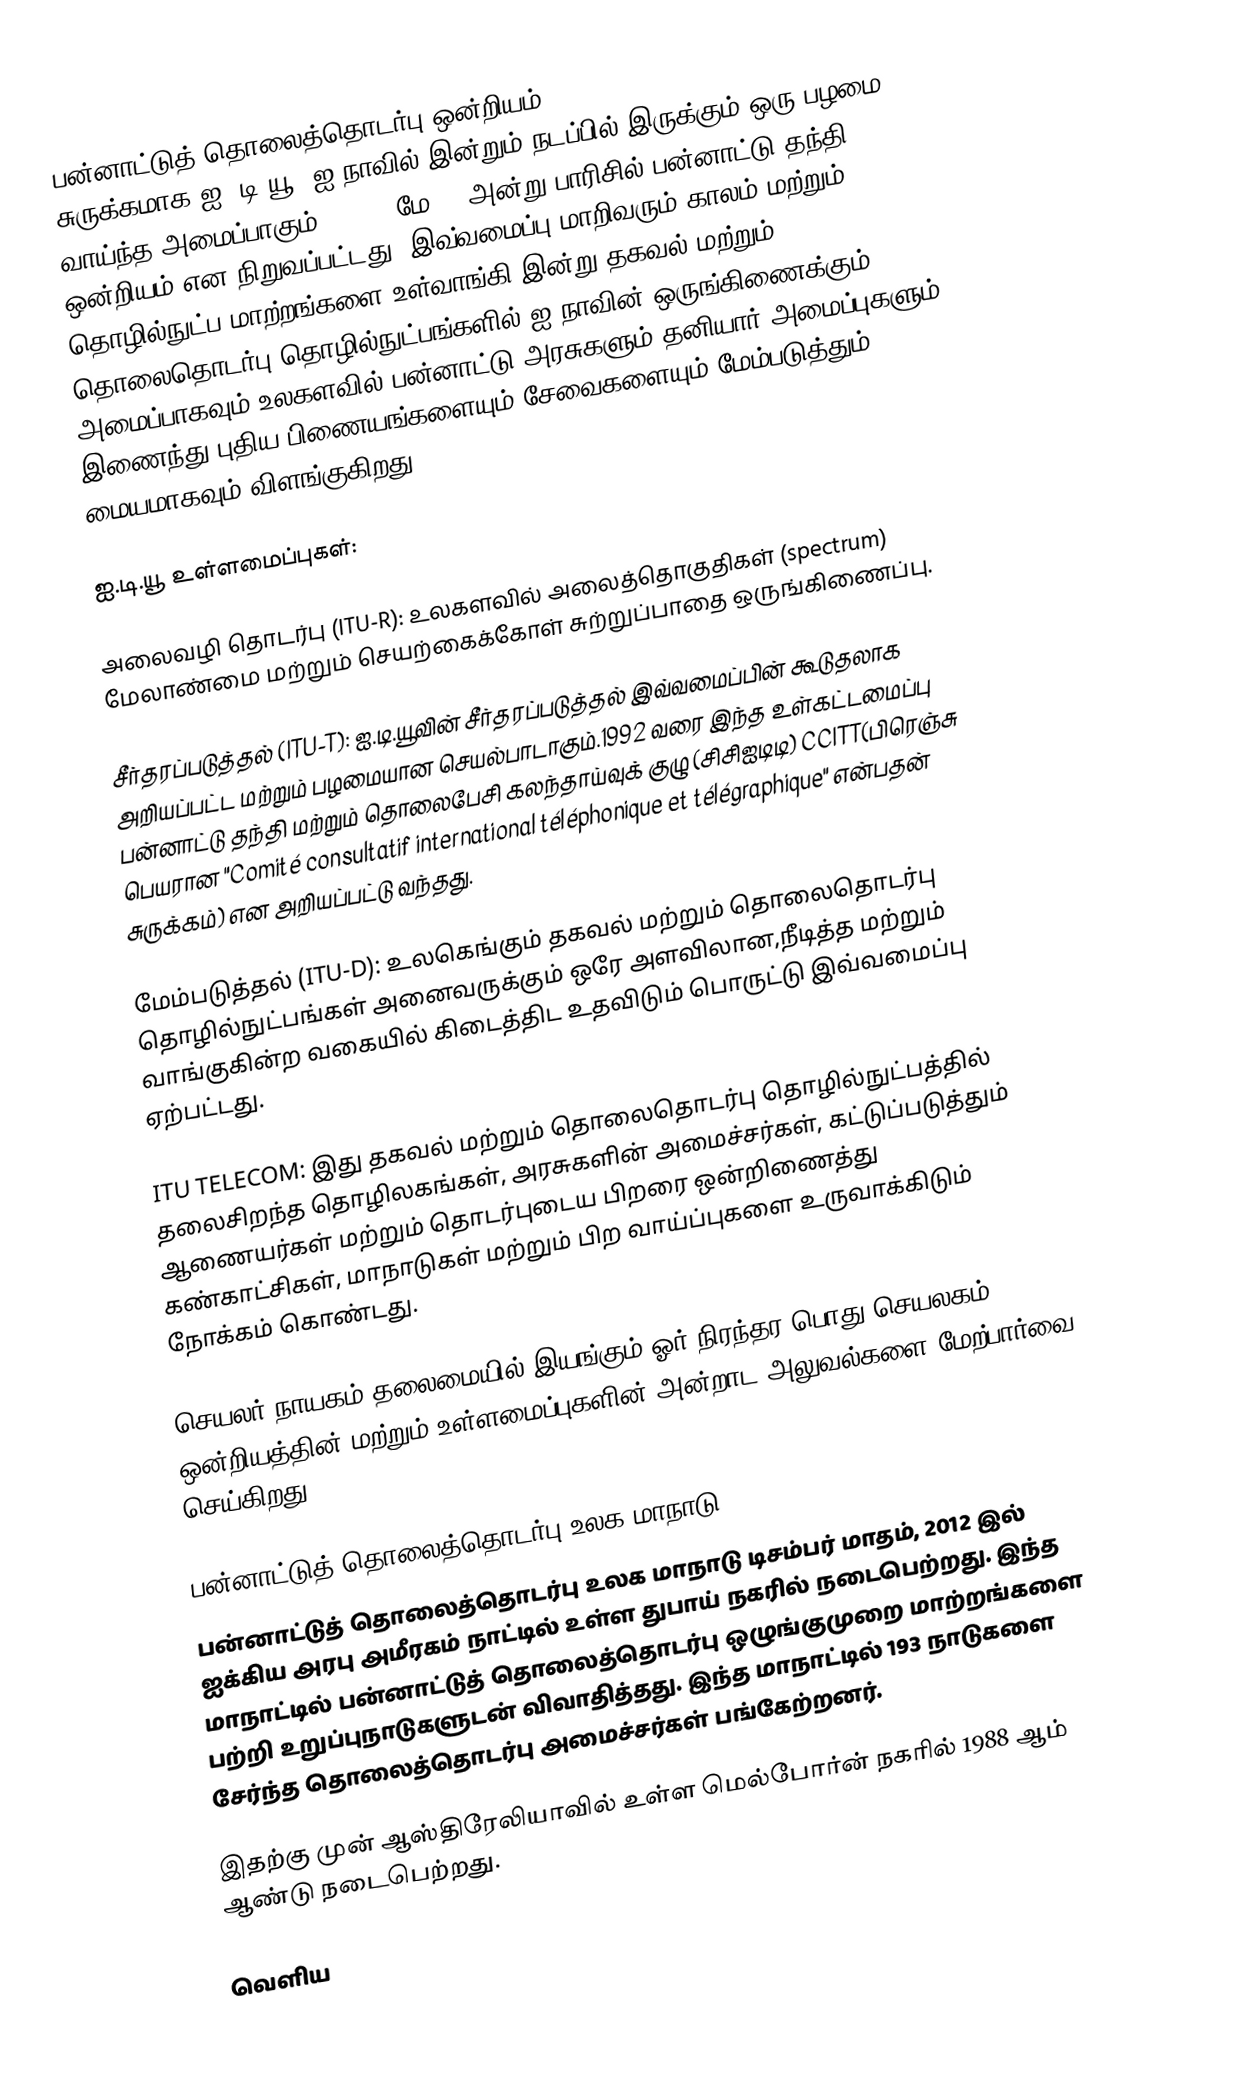
பன்னாட்டுத் தொலைத்தொடர்பு ஒன்றியம் (International Telecommunication Union, சுருக்கமாக ஐ. டி.யூ) ஐ.நாவில் இன்றும் நடப்பில் இருக்கும் ஒரு பழமை வாய்ந்த அமைப்பாகும். 1865, மே 17 அன்று பாரிசில் பன்னாட்டு தந்தி ஒன்றியம் என நிறுவப்பட்டது. இவ்வமைப்பு மாறிவரும் காலம் மற்றும் தொழில்நுட்ப மாற்றங்களை உள்வாங்கி இன்று தகவல் மற்றும் தொலைதொடர்பு தொழில்நுட்பங்களில் ஐ.நாவின் ஒருங்கிணைக்கும் அமைப்பாகவும் உலகளவில் பன்னாட்டு அரசுகளும் தனியார் அமைப்புகளும் இணைந்து புதிய பிணையங்களையும் சேவைகளையும் மேம்படுத்தும் மையமாகவும் விளங்குகிறது.

ஐ.டி.யூ உள்ளமைப்புகள்:

அலைவழி தொடர்பு (ITU-R): உலகளவில் அலைத்தொகுதிகள் (spectrum) மேலாண்மை மற்றும் செயற்கைக்கோள் சுற்றுப்பாதை ஒருங்கிணைப்பு.

சீர்தரப்படுத்தல் (ITU-T): ஐ.டி.யூவின் சீர்தரப்படுத்தல் இவ்வமைப்பின் கூடுதலாக அறியப்பட்ட மற்றும் பழமையான செயல்பாடாகும்.1992 வரை இந்த உள்கட்டமைப்பு பன்னாட்டு தந்தி மற்றும் தொலைபேசி கலந்தாய்வுக் குழு (சிசிஐடிடி) CCITT(பிரெஞ்சு பெயரான "Comité consultatif international téléphonique et télégraphique" என்பதன் சுருக்கம்) என அறியப்பட்டு வந்தது.

மேம்படுத்தல் (ITU-D): உலகெங்கும் தகவல் மற்றும் தொலைதொடர்பு தொழில்நுட்பங்கள் அனைவருக்கும் ஒரே அளவிலான,நீடித்த மற்றும் வாங்குகின்ற வகையில் கிடைத்திட உதவிடும் பொருட்டு இவ்வமைப்பு ஏற்பட்டது.

ITU TELECOM: இது தகவல் மற்றும் தொலைதொடர்பு தொழில்நுட்பத்தில் தலைசிறந்த தொழிலகங்கள், அரசுகளின் அமைச்சர்கள், கட்டுப்படுத்தும் ஆணையர்கள் மற்றும் தொடர்புடைய பிறரை ஒன்றிணைத்து கண்காட்சிகள், மாநாடுகள் மற்றும் பிற வாய்ப்புகளை உருவாக்கிடும் நோக்கம் கொண்டது.

செயலர் நாயகம் தலைமையில் இயங்கும் ஓர் நிரந்தர பொது செயலகம் ஒன்றியத்தின் மற்றும் உள்ளமைப்புகளின் அன்றாட அலுவல்களை மேற்பார்வை செய்கிறது.

பன்னாட்டுத் தொலைத்தொடர்பு உலக மாநாடு
பன்னாட்டுத் தொலைத்தொடர்பு உலக மாநாடு டிசம்பர் மாதம், 2012 இல் ஐக்கிய அரபு அமீரகம் நாட்டில் உள்ள துபாய் நகரில் நடைபெற்றது. இந்த மாநாட்டில் பன்னாட்டுத் தொலைத்தொடர்பு ஒழுங்குமுறை மாற்றங்களை பற்றி உறுப்புநாடுகளுடன்  விவாதித்தது. இந்த மாநாட்டில் 193 நாடுகளை சேர்ந்த தொலைத்தொடர்பு அமைச்சர்கள் பங்கேற்றனர்.

இதற்கு முன் ஆஸ்திரேலியாவில் உள்ள மெல்போர்ன் நகரில் 1988 ஆம் ஆண்டு நடைபெற்றது.

வெளிய